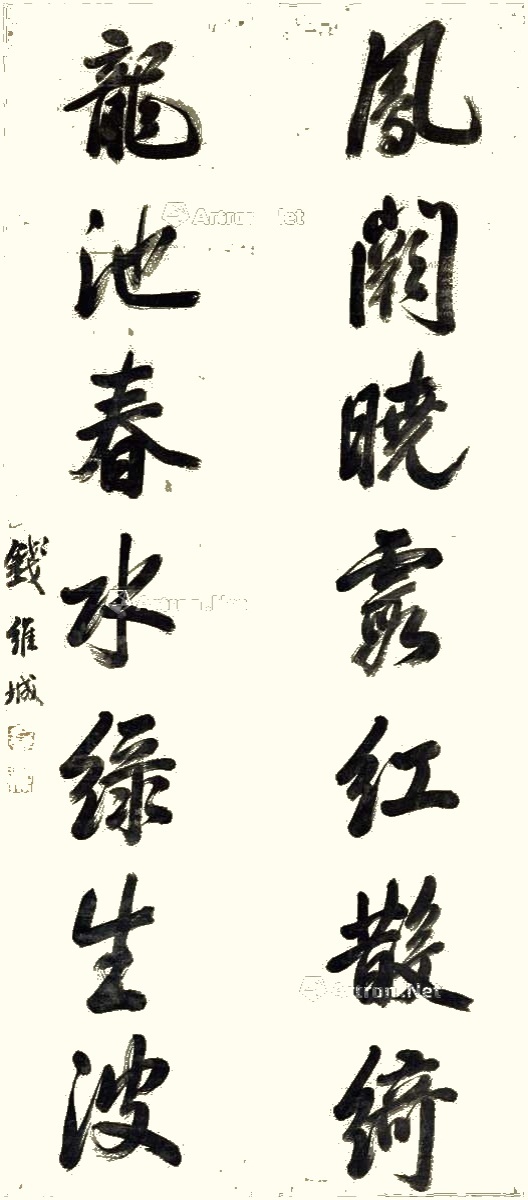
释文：凤阙晓霞红散绮，龙池春水绿生波。钱维城。